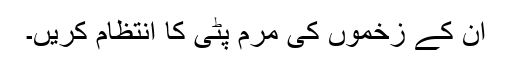
ان کے زخموں کی مرم پٹی کا انتظام کریں۔